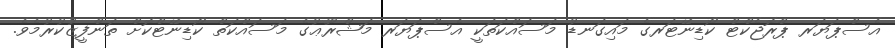
އެސްޕަޔަރ ޕްރޮޖެކްޓް ކޯޑިނޭޓަރގެ މައިގަނޑު މަސައްކަތަކީ އެސްޕަޔަރ މަޝްރޫޢުގެ މަސައްކަތް ކޯޑިނޭޓްކޮށް ތަންފީޒުކުރުމެވެ.